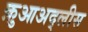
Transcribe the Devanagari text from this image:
क़ुआअद्लीस